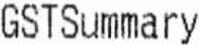
GSTSUMMARY